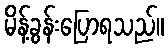
မိန့်ခွန်းပြောရသည်။